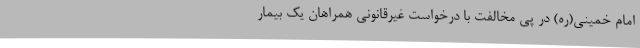
امام خمینی(ره) در پی مخالفت با درخواست غیرقانونی همراهان یک بیمار